Leprosy in India: report of the Leprosy Commission in India, 1890-91
Year: 1890
Disease focus: Leprosy
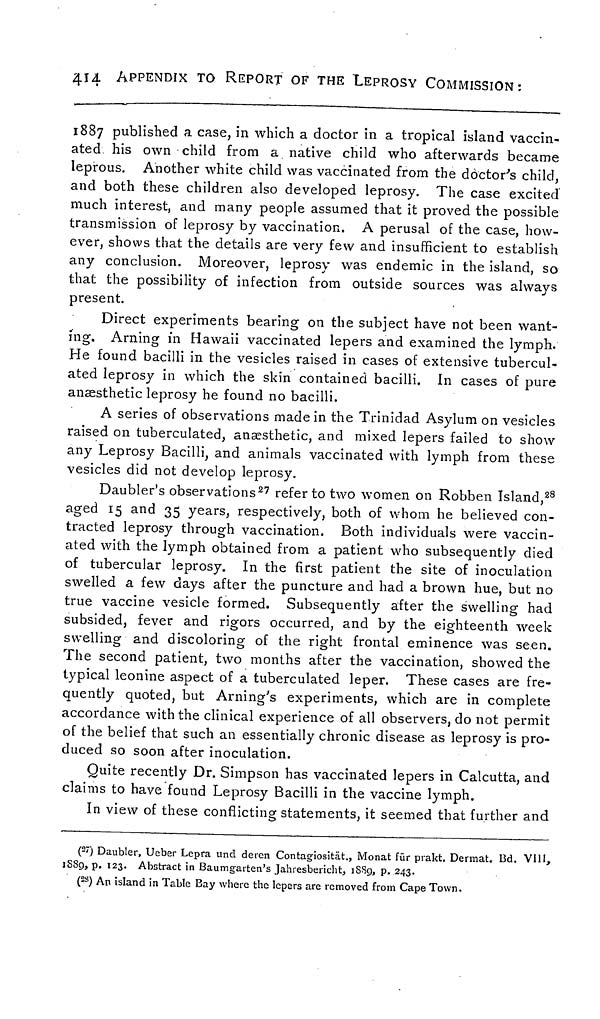
414
APPENDIX TO REPORT OF THE LEPROSY COMMISSION:
1887 published a case, in which a doctor in a tropical island vaccin-
ated his own child from a native child who afterwards became
leprous. Another white child was vaccinated from the doctor's child,
and both these children also developed leprosy. The case excited
much interest, and many people assumed that it proved the possible
transmission of leprosy by vaccination. A perusal of the case, how-
ever, shows that the details are very few and insufficient to establish
any conclusion. Moreover, leprosy was endemic in the island, so
that the possibility of infection from outside sources was always
present.
Direct experiments bearing on the subject have not been want-
ing. Arning in Hawaii vaccinated lepers and examined the lymph.
He found bacilli in the vesicles raised in cases of extensive tubercul-
ated leprosy in which the skin contained bacilli. In cases of pure
anaesthetic leprosy he found no bacilli.
A series of observations made in the Trinidad Asylum on vesicles
raised on tuberculated, anaesthetic, and mixed lepers failed to show
any Leprosy Bacilli, and animals vaccinated with lymph from these
vesicles did not develop leprosy.
Daubler's observations 27 refer to two women on Robben Island, 28
aged 15 and 35 years, respectively, both of whom he believed con-
tracted leprosy through vaccination. Both individuals were vaccin-
ated with the lymph obtained from a patient who subsequently died
of tubercular leprosy. In the first patient the site of inoculation
swelled a few days after the puncture and had a brown hue, but no
true vaccine vesicle formed. Subsequently after the swelling had
subsided, fever and rigors occurred, and by the eighteenth week
swelling and discoloring of the right frontal eminence was seen.
The second patient, two months after the vaccination, showed the
typical leonine aspect of a tuberculated leper. These cases are fre-
quently quoted, but Arning's experiments, which are in complete
accordance with the clinical experience of all observers, do not permit
of the belief that such an essentially chronic disease as leprosy is pro-
duced so soon after inoculation.
Quite recently Dr. Simpson has vaccinated lepers in Calcutta, and
claims to have found Leprosy Bacilli in the vaccine lymph.
In view of these conflicting statements, it seemed that further and
( 27 ) Daubler, Ueber Lepra und deren Contagiosität., Monat für prakt. Dermat. Bd. VIII,
1889, p. 123. Abstract in Baumgarten's Jahresbericht, 1889, p. 243.
( 28 ) An island in Table Bay where the lepers are removed from Cape Town.